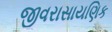
જીવરાસાયણિક